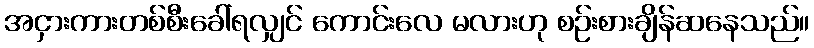
အငှားကားတစ်စီးခေါ်ရလျှင် ကောင်းလေ မလားဟု စဉ်းစားချိန်ဆနေသည်။